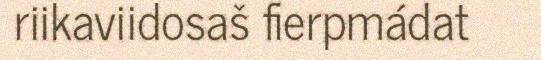
riikaviidosaš fierpmádat